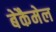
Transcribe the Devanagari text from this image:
बेकैमेल